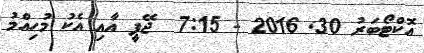
އޮކްޓޯބަރު 30